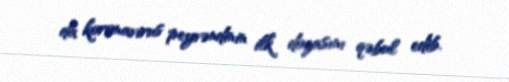
da koronavirus peyvəndinin ilk dozasını qəbul edib.